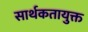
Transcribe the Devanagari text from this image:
सार्थकतायुक्त